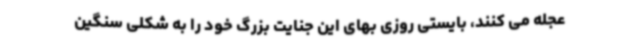
عجله می کنند، بایستی روزی بهای این جنایت بزرگ خود را به شکلی سنگین